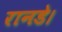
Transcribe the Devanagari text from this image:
रानडे।